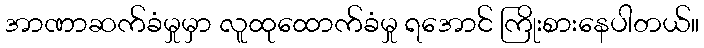
အာဏာဆက်ခံမှုမှာ လူထုထောက်ခံမှု ရအောင် ကြိုးစားနေပါတယ်။